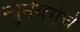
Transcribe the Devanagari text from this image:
न्युर्नबर्गचे